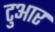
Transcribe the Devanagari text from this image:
टुआर